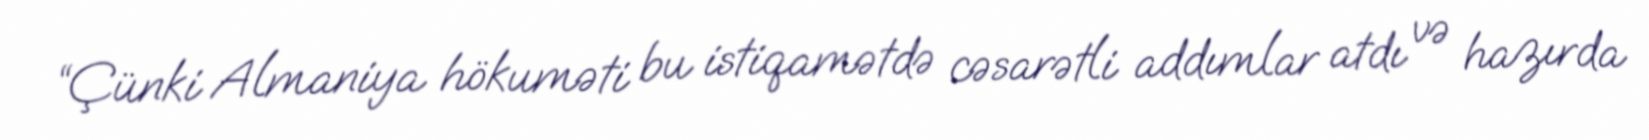
“Çünki Almaniya hökuməti bu istiqamətdə cəsarətli addımlar atdı və hazırda